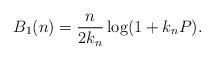
LaTeX: \begin{align*} B_1 (n) = \frac{n}{2 k_n } \log(1 + k_n P).\end{align*}